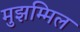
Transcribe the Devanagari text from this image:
मुझम्मिल